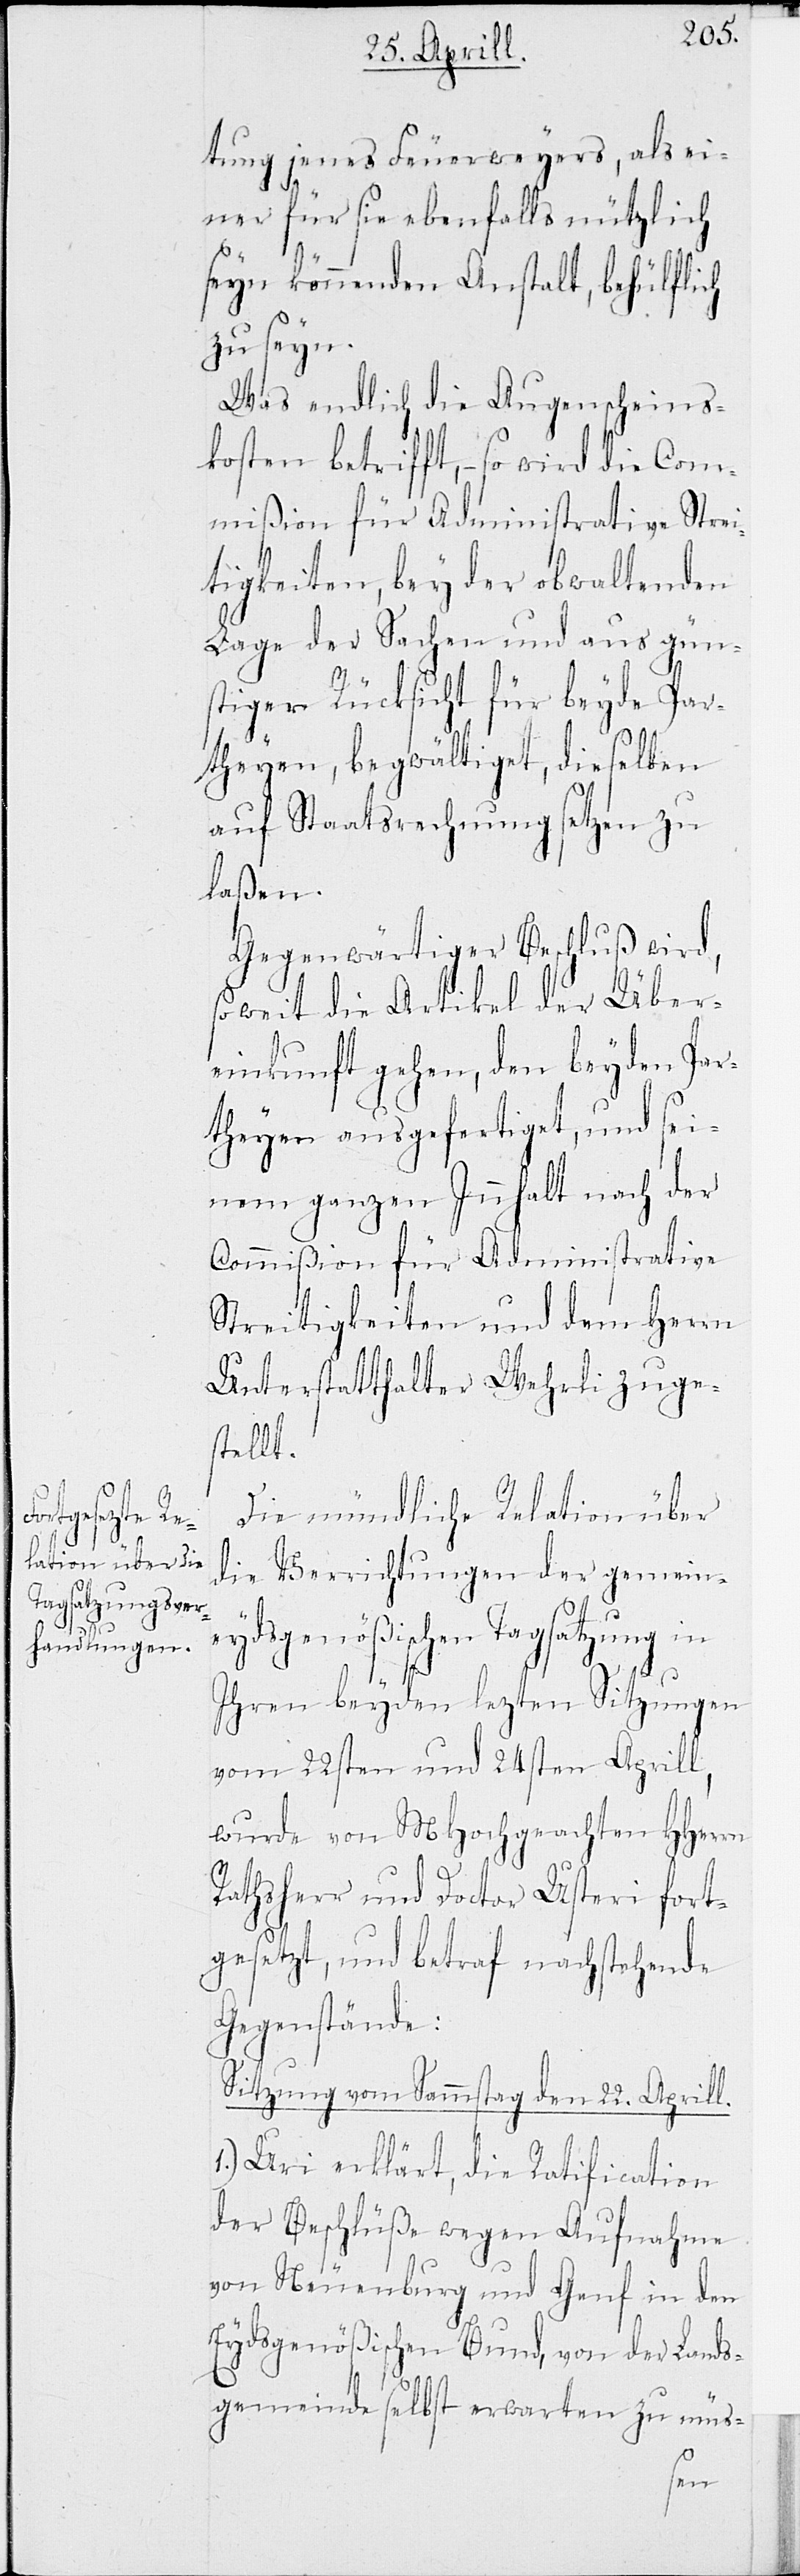
tung jenes Feuerweyers, als ei¬
ner für sie ebenfalls nützlich
seyn könnenden Anstalt, behülflich
zu seyn.
Was endlich die Augenscheins¬
kosten betrifft, – so wird die Com¬
mißon für Administrative Strei¬
tigkeiten, bey der obwaltenden
Lage der Sachen und aus gün¬
stiger Rücksicht für beyde Par¬
theyen, begwältiget, dieselben
auf Staatsrechnung setzen zu
laßen.
Gegenwärtiger Beschluß wird,
so weit die Artikel der Über¬
einkunft gehen, den beyden Par¬
theyen ausgefertiget, und sei¬
nem ganzen Inhalt nach der
Commißion für Administrative
Streitigkeiten und dem Herrn
Unterstatthalter Wehrli zuge¬
stellt.
Die mündliche Relation über
die Verrichtungen der gemein¬
eydsgenößischen Tagsatzung in
Ihren beyden Sitzungen
vom 22sten und 24sten Aprill,
wurde von MHochgeachten HHerrn
Rathsherr und Doctor Usteri fort¬
gesetzt, und betraf nachstehende
Gegenstände:
Sitzung vom Sammstag dem 22. Aprill.
Uri erklärt, die Ratification
der Beschlüße wegen Aufnahme
von Neuenburg und Genf in den
Eydsgenößischen Bund, von der Lands¬
gemeinde selbst erwarten zu müs-